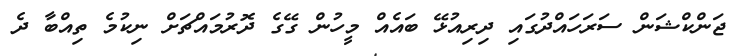
ޖަންކްޝަން ސަރަހައްދުގައި ދިރިއުޅޭ ބައެއް މީހުން ގޭގެ ދޮރުމައްޗަށް ނިކުމެ ތިއްބާ ދެ